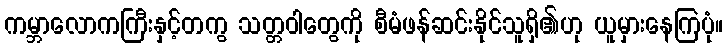
ကမ္ဘာလောကကြီးနှင့်တကွ သတ္တဝါတွေကို စီမံဖန်ဆင်းနိုင်သူရှိ၏ဟု ယူမှားနေကြပုံ။